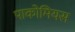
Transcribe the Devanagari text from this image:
पाकोमियस